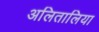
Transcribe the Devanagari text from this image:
अलितालिया